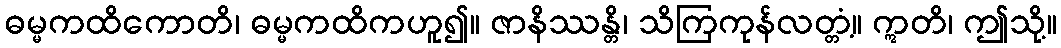
ဓမ္မကထိကောတိ၊ ဓမ္မကထိကဟူ၍။ ဇာနိဿန္တိ၊ သိကြကုန်လတ္တံ့။ ဣတိ၊ ဤသို့။